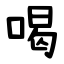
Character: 喝